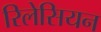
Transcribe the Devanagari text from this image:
रिलेसियन